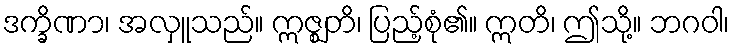
ဒက္ခိဏာ၊ အလှူသည်။ ဣဇ္ဈတိ၊ ပြည့်စုံ၏။ ဣတိ၊ ဤသို့။ ဘဂဝါ၊